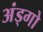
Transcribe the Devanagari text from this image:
अंड्गो